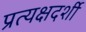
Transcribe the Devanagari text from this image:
प्रत्‍यक्षदर्शी